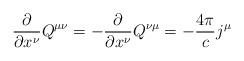
LaTeX: \begin{align*}\frac{\partial}{\partial x^{\nu}}Q^{\mu\nu}=-\frac{\partial}{\partial x^{\nu}}Q^{\nu\mu}=-\frac{4\pi}{c}j^{\mu} \end{align*}